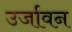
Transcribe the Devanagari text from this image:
उर्जावन